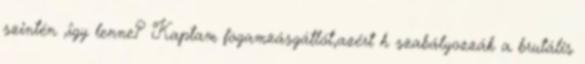
szintén ,îgy lenne? Kaptam fogamzásgátlót,azért h szabályozzák a brutális